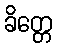
ခိတ္တေ